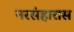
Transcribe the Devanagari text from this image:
नरसंहारास